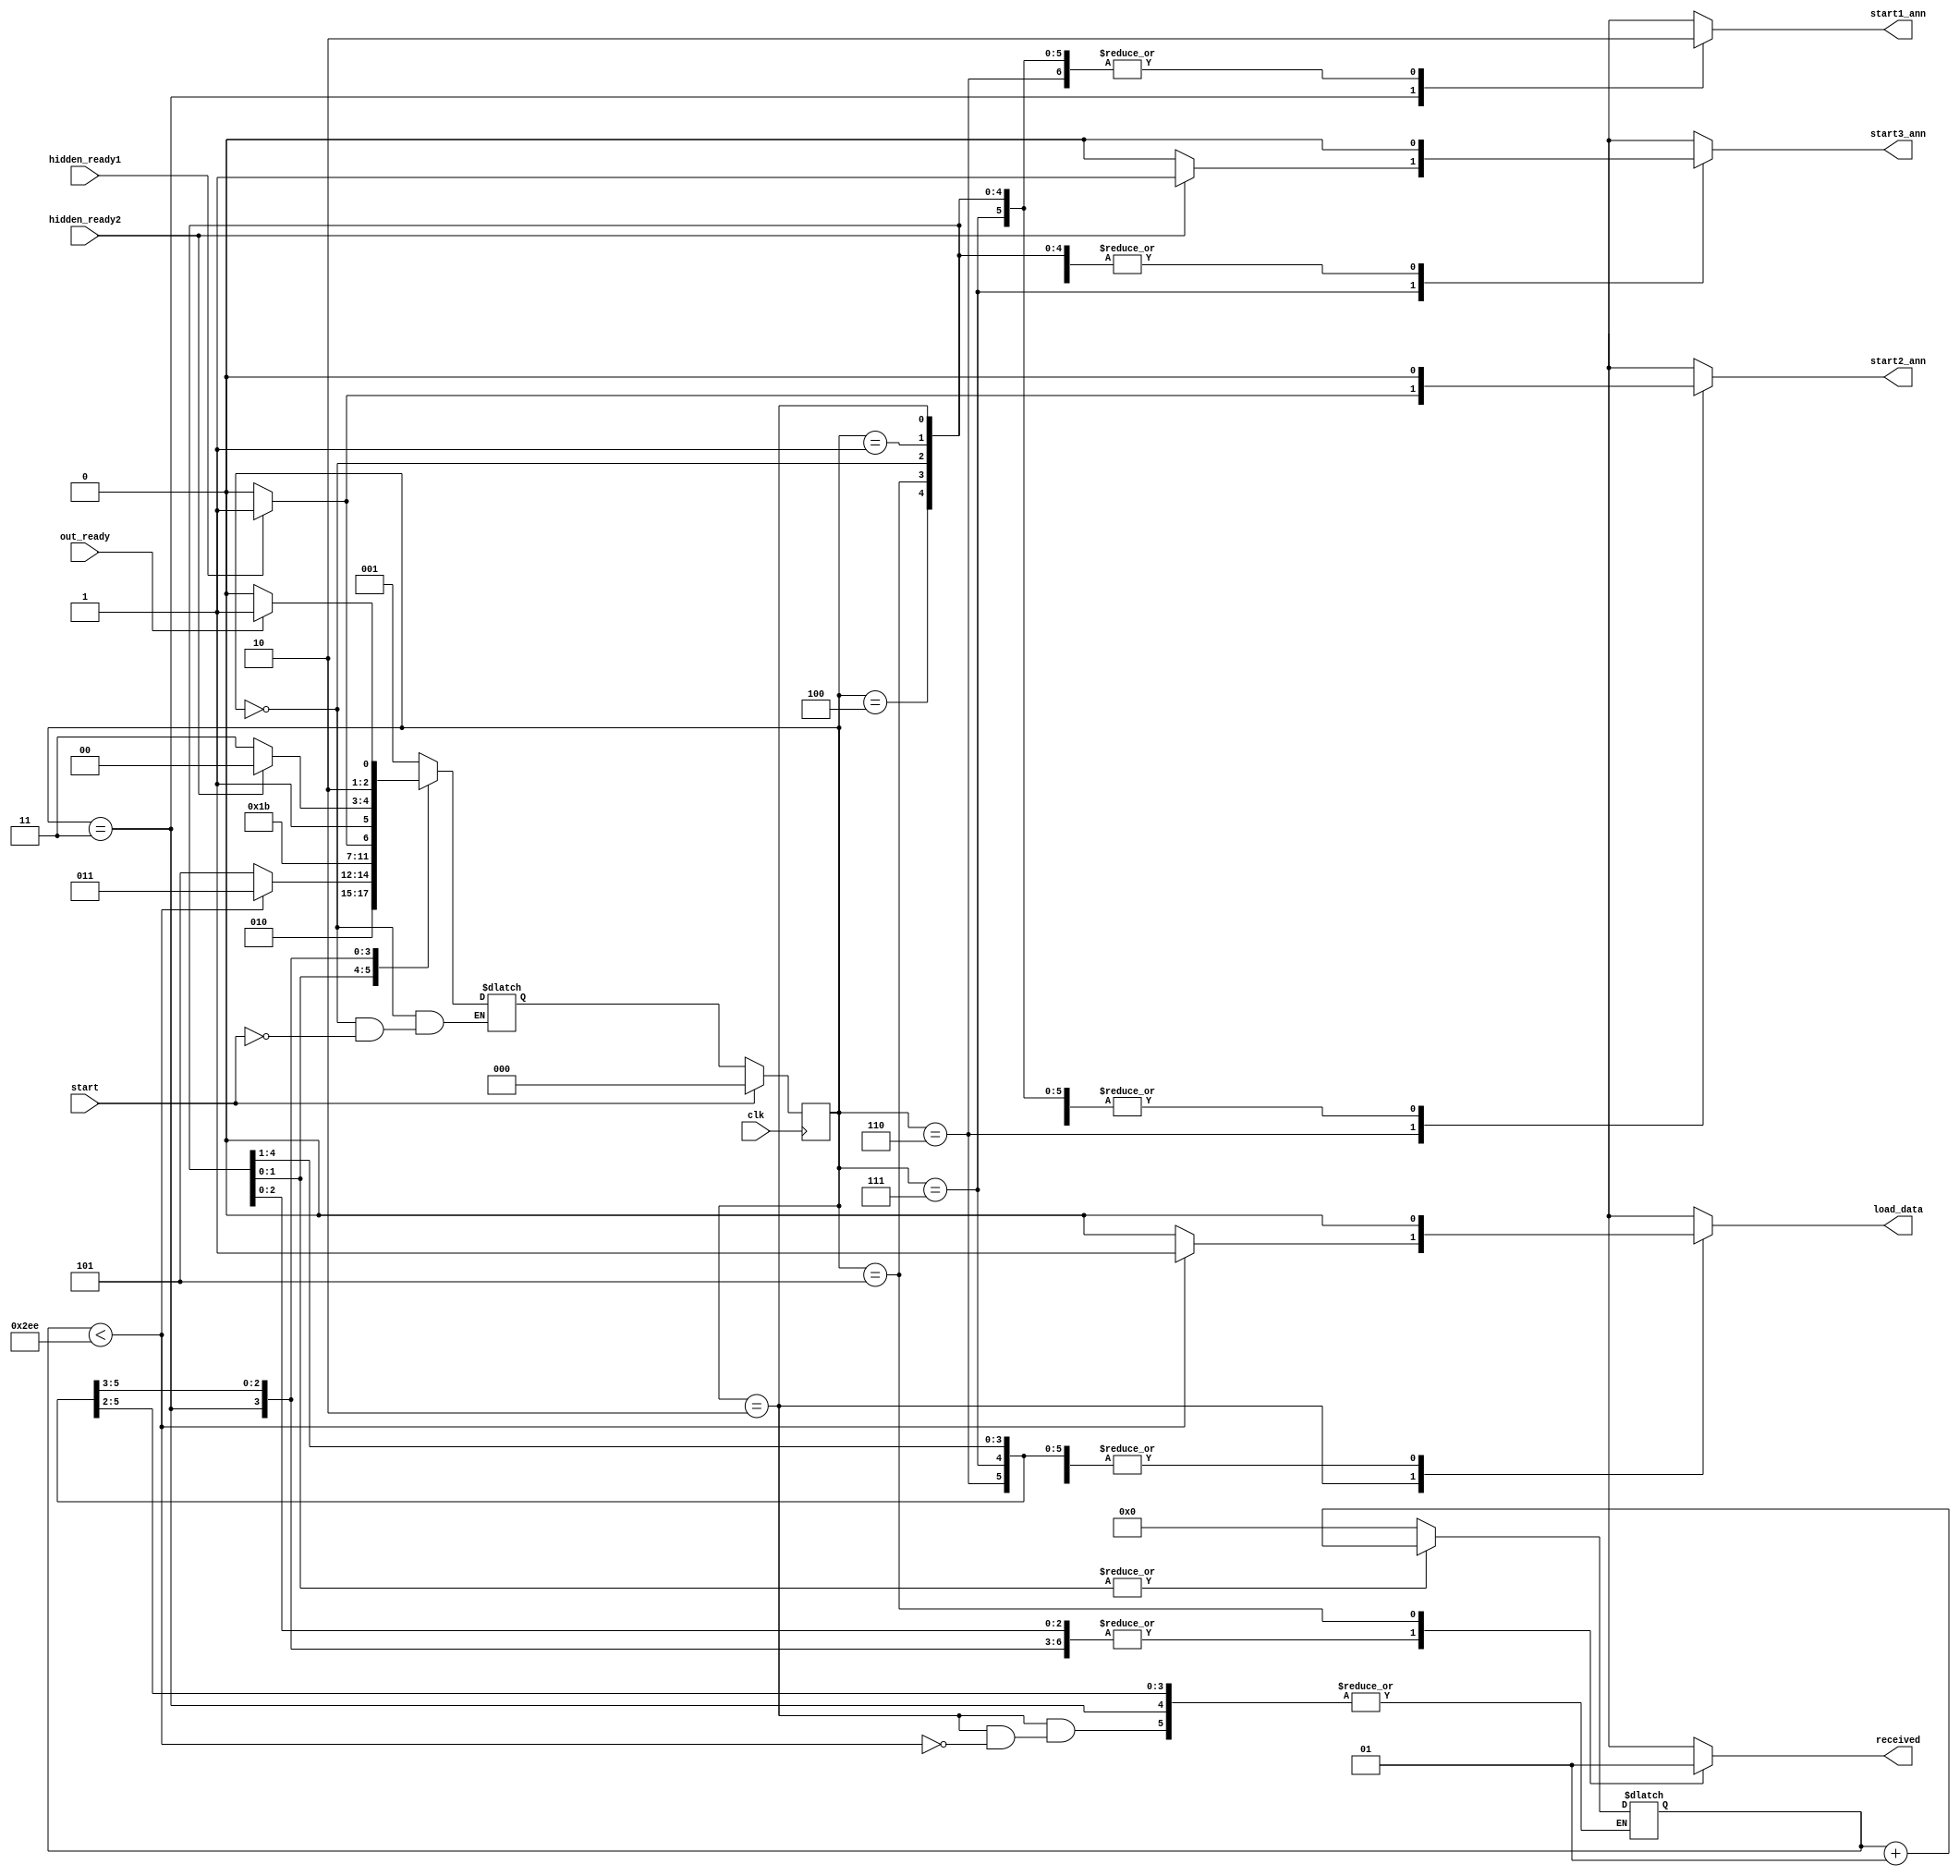
`timescale 1ns / 1ps
//////////////////////////////////////////////////////////////////////////////////
// Company: 
// Engineer: 
// 
// Design Name: 
// Module Name:    main_controller 
// Project Name: 
// Target Devices: 
// Tool versions: 
// Description: 
//
// Dependencies: 
//
// Revision: 
// Revision 0.01 - File Created
// Additional Comments: 
//
//////////////////////////////////////////////////////////////////////////////////
module main_controller#(parameter n =750)(
	input clk,start,hidden_ready1,hidden_ready2,out_ready,
	output reg load_data,
	output reg start1_ann,
	output reg start2_ann,
	output reg start3_ann,
	output reg received

    );
	
	parameter[2:0] idle = 3'b000, initialize = 3'b001, loading = 3'b010,hidden = 3'b011 ,out = 3'b100, End = 3'b101,wait_for_hidden_ready1 = 3'b110 , wait_for_hidden_ready2 = 3'b111;
	 reg[2:0] ps,ns;
	 reg change;
	 integer i = 0;
	 integer input_count = 0;

	always@(posedge clk)begin
		if (start==1'b1)begin
			ps <= 3'b000;
			change <= 1'b0;
		end
		else begin
			change <= ~change;
			ps <= ns;
			end
	end
	
	always@(ps,change)begin
		{load_data,start1_ann,start2_ann,start3_ann,received} = 5'b000;
		case(ps)
		idle: begin
			input_count = 0;
			if(start)	ns = initialize;
		end
		initialize: begin
			i = 0;
			input_count = input_count + 1;
			ns = loading;
		end
		
		loading: begin
			if(input_count < n)begin
				load_data = 1'b1;
				input_count = input_count + 1;
				ns = hidden;
			end
			else begin
				ns = End;
			end
		end
		
		hidden:begin
			//if (hidden_ready2 == 1'b1)begin
				//start3_ann = 1'b1;
				//ns = out;
			//end
			//else if(hidden_ready1 == 1'b1)begin
				//start2_ann = 1'b1;
				//ns = wait_for_hidden_ready2;
			//end
			//else begin
				start1_ann = 1'b1;
				ns = wait_for_hidden_ready1;
			//end
		end
		
		wait_for_hidden_ready1:begin
			start1_ann = 1'b0;
			if(hidden_ready1 == 1'b1) begin 
				start2_ann = 1'b1;
				ns = wait_for_hidden_ready2;
			end
			else ns = wait_for_hidden_ready1;
		end
		
		wait_for_hidden_ready2:begin
			start2_ann = 1'b0;
			if(hidden_ready2 == 1'b1) begin 
				start3_ann = 1'b1;
				ns = out;
			end
			else ns = wait_for_hidden_ready2;
		end
		
		out:begin
			start3_ann = 1'b0;
			if(out_ready == 1'b1) ns = End;
			else ns = out;
		end
		
		End: begin
			received = 1'b1;
			ns = initialize;			
		end
		
		endcase
	end

endmodule